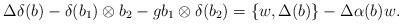
LaTeX: \begin{align*}\Delta\delta(b)-\delta(b_1)\otimes b_2-gb_1\otimes\delta(b_2)=\{w, \Delta(b)\}-\Delta\alpha(b)w.\end{align*}